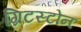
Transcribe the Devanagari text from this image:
ग्रिटस्टोन